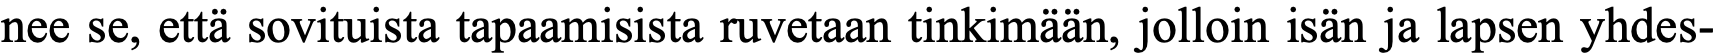
nee se, että sovituista tapaamisista ruvetaan tinkimään, jolloin isän ja lapsen yhdes-